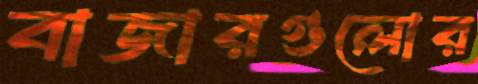
বাজারগুলোর